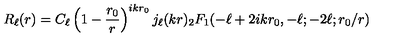
R _ { \ell } ( r ) = C _ { \ell } \left( 1 - { \frac { r _ { 0 } } { r } } \right) ^ { i k r _ { 0 } } j _ { \ell } ( k r ) { } _ { 2 } F _ { 1 } ( - \ell + 2 i k r _ { 0 } , - \ell ; - 2 \ell ; r _ { 0 } / r )